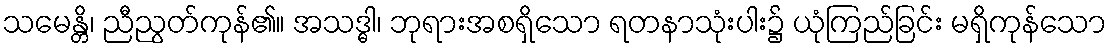
သမေန္တိ၊ ညီညွတ်ကုန်၏။ အသဒ္ဓါ၊ ဘုရားအစရှိသော ရတနာသုံးပါး၌ ယုံကြည်ခြင်း မရှိကုန်သော